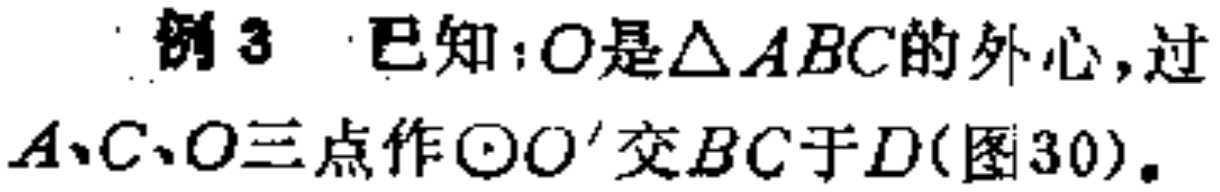
例3 已知：\(O\)是\(\triangle ABC\)的外心，过\(A、C、O\)三点作\(\odot O'\)交\(BC\)于\(D\)(图30)。